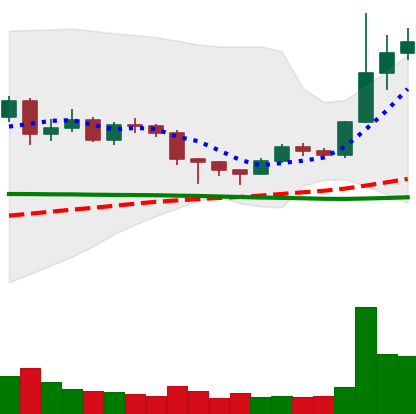
Ticker: DOGE-USD
Chart end date: 2020-12-19
Forward return: 16.374%
Label: up_7plus